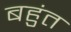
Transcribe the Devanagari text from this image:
बहुंत